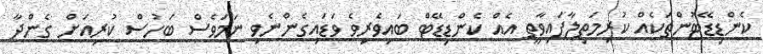
ކެންޑިޑޭޓުންތަކެއް ކުރިމަތިލާފައިވާތީ އެއް ކެންޑިޑޭޓް ބައިވެރިވެ ވަޑައިގެންނެވި ނަމަވެސް ބަހުސް ކުރިއަށް ގެންދާ